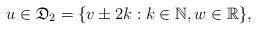
LaTeX: \begin{align*}u\in\mathfrak{D}_2=\{v\pm 2k: k\in \mathbb{N}, w\in\mathbb{R}\},\end{align*}